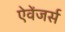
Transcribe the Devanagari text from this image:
ऐवेंजर्स